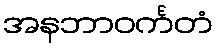
အနဘာဝင်္ကတံ